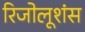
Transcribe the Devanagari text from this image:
रिजोलूशंस